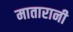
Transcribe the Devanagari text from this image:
मातारानी